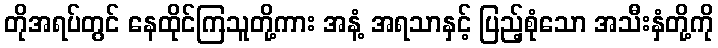
တိုအရပ်တွင် နေထိုင်ကြသူတို့ကား အနံ့ အရသာနှင့် ပြည့်စုံသော အသီးနှံတို့ကို